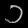
Digit: ၁